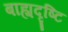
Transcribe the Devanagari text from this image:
बाह्यदृष्टि